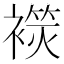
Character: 𧜬